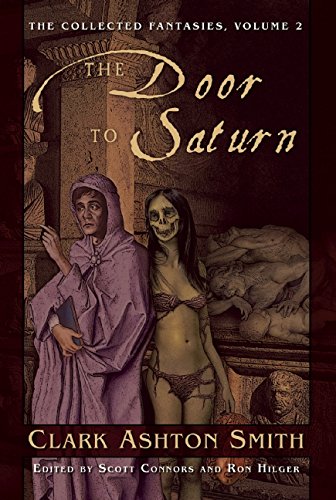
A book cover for The Door to Saturn: The Collected Fantasies, Vol. 2 (The Collected Fantasies of Clark Ashton Smith); Clark  Ashton Smith; Science Fiction & Fantasy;